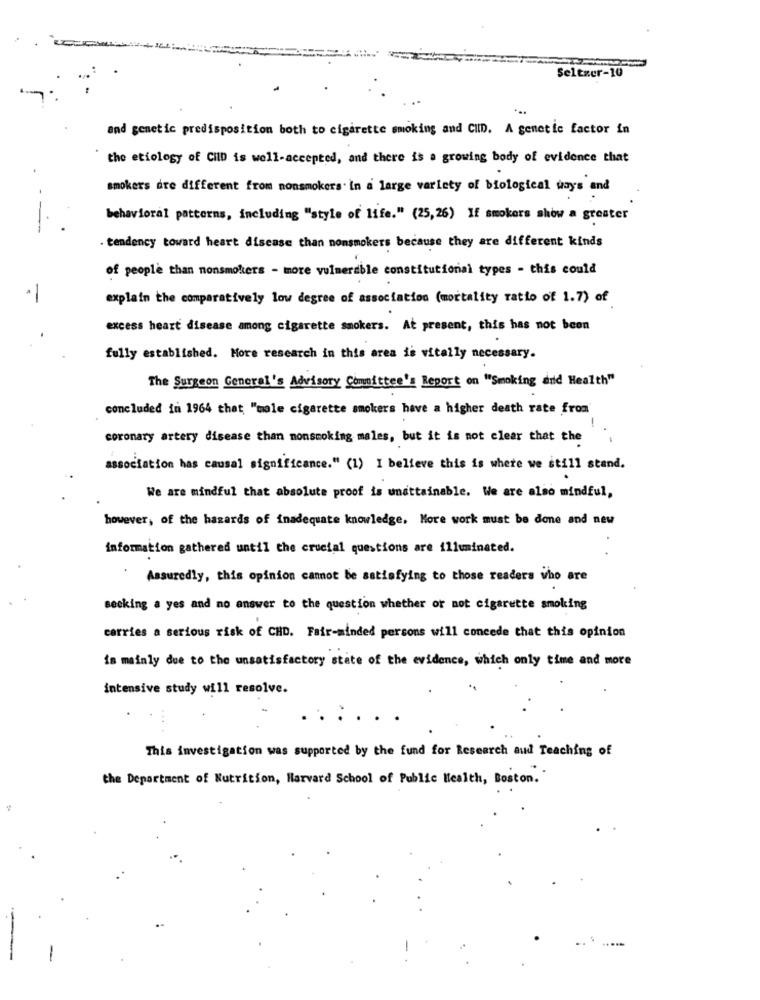
Seltzer-10
and genetic predisposition both to cigarette smoking and CID. A genetic factor in
the etiology of CilD is well-accepted, and there is a growing body of evidence that
smokers dre different from nonsmokers. in a large variety of biological ways and
behavioral patterns, including "style of life." (25,26) If smokers show a greater
----
. tendency toward heart disease than nonsmokers because they are different kinds
of people than nonsmokers - more vulnerable constitutional types - this could
-
explain the comparatively low degree of association (mortality ratio of 1.7) of
excess heart disease among cigarette smokers. At present, this has not beon
fully established. More research in this area is vitally necessary.
The Surgeon General's Advisory Committee's Report on "Smoking and Health"
concluded in 1964 that "mole cigarette smokers have a higher death rate from'
coronary artery disease than nonsmoking males, but it is not clear that the
association has causal significance." (1) I believe this is where we still stand.
We are mindful that absolute proof is unattainable. We are also mindful,
however, of the hazards of inadequate knowledge, More work must be done and new
information gathered until the crucial questions are illuminated.
Assuredly, this opinion cannot be satisfying to those readers who are
Becking a yes and no answer to the question whether or not cigarette smoking
carries a serious risk of CHD. Fair-minded persons will concede that this opinion
is mainly due to the unsatisfactory state of the evidence, which only time and more
intensive study will resolve.
This investigation was supported by the fund for Research aud Teaching of
the Department of Nutrition, Harvard School of Public Health, Boston.